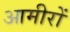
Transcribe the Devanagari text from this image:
आमीरों